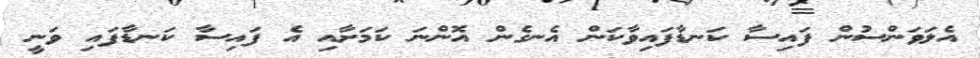
އެލަވަންސުން ފައިސާ ކަނޑާފައިވާކަން އެނގެން އޮންނަ ކަމަށާއި އެ ފައިސާ ކަނޑާފައި ވަނީ